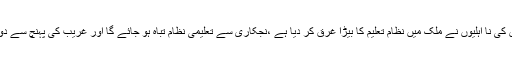
تعلیم عوام کا بنیادی حق ہے اور اسکی فراہمی ریاست کی ذمہ داری ہے مگر حکمرانوں کی نا اہلیوں نے ملک میں نظام تعلیم کا بیڑا غرق کر دیا ہے ،نجکاری سے تعلیمی نظام تباہ ہو جائے گا اور غریب کی پہنچ سے دور ہو جائیگا ،حکمران آٹا،بجلی،گیس کھانے کے بعد اب تعلیم کے پیچھے پڑ گئے ہیں ۔